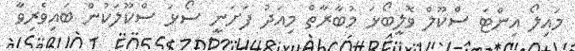
މައިލޯ އިންޓަ ސްކޫލް ވޮލީބޯޅަ މުބާރާތް މިއަދު ފަށަނީ ސޯޅަ ސްކޫލަކުން ބައިވެރިވާ